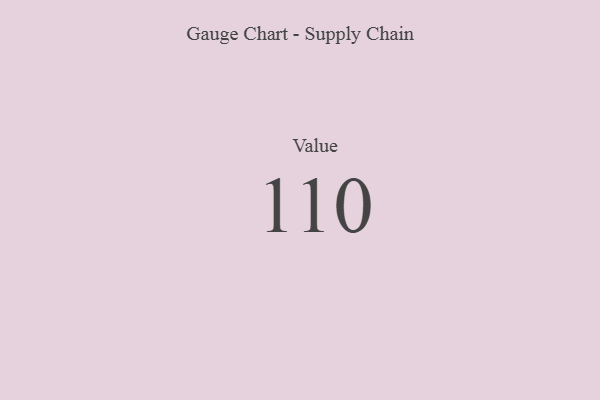
{"axis": {"x": "Metric", "y": "Value"}, "legend": [""], "data": [{"x": "Value", "y": 110, "type": ""}]}